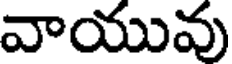
వాయువు